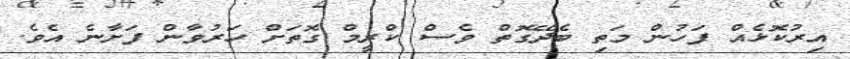
އިރުކޮޅެއް ފަހުން މަތި ބެދޭގޮތް ވެސް ކްރީމް ގޮތަށް ހަރުވާން ފަށާނެ އެވެ.